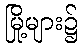
မြို့များ၌